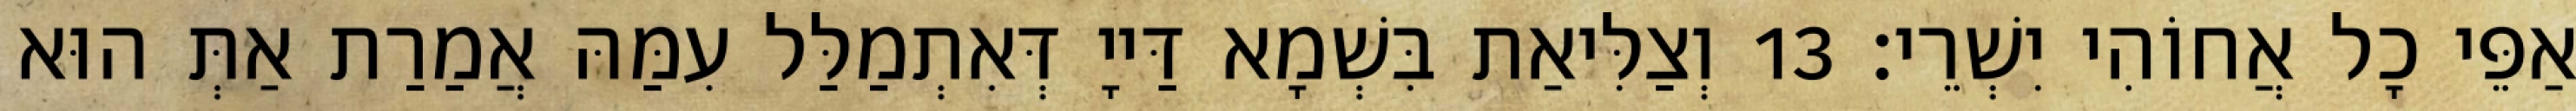
אַפֵּי כָל אֲחוֹהִי יִשְׁרֵי׃ 13 וְצַלִּיאַת בִּשְׁמָא דַּייָ דְּאִתְמַלַּל עִמַּהּ אֲמַרַת אַתְּ הוּא